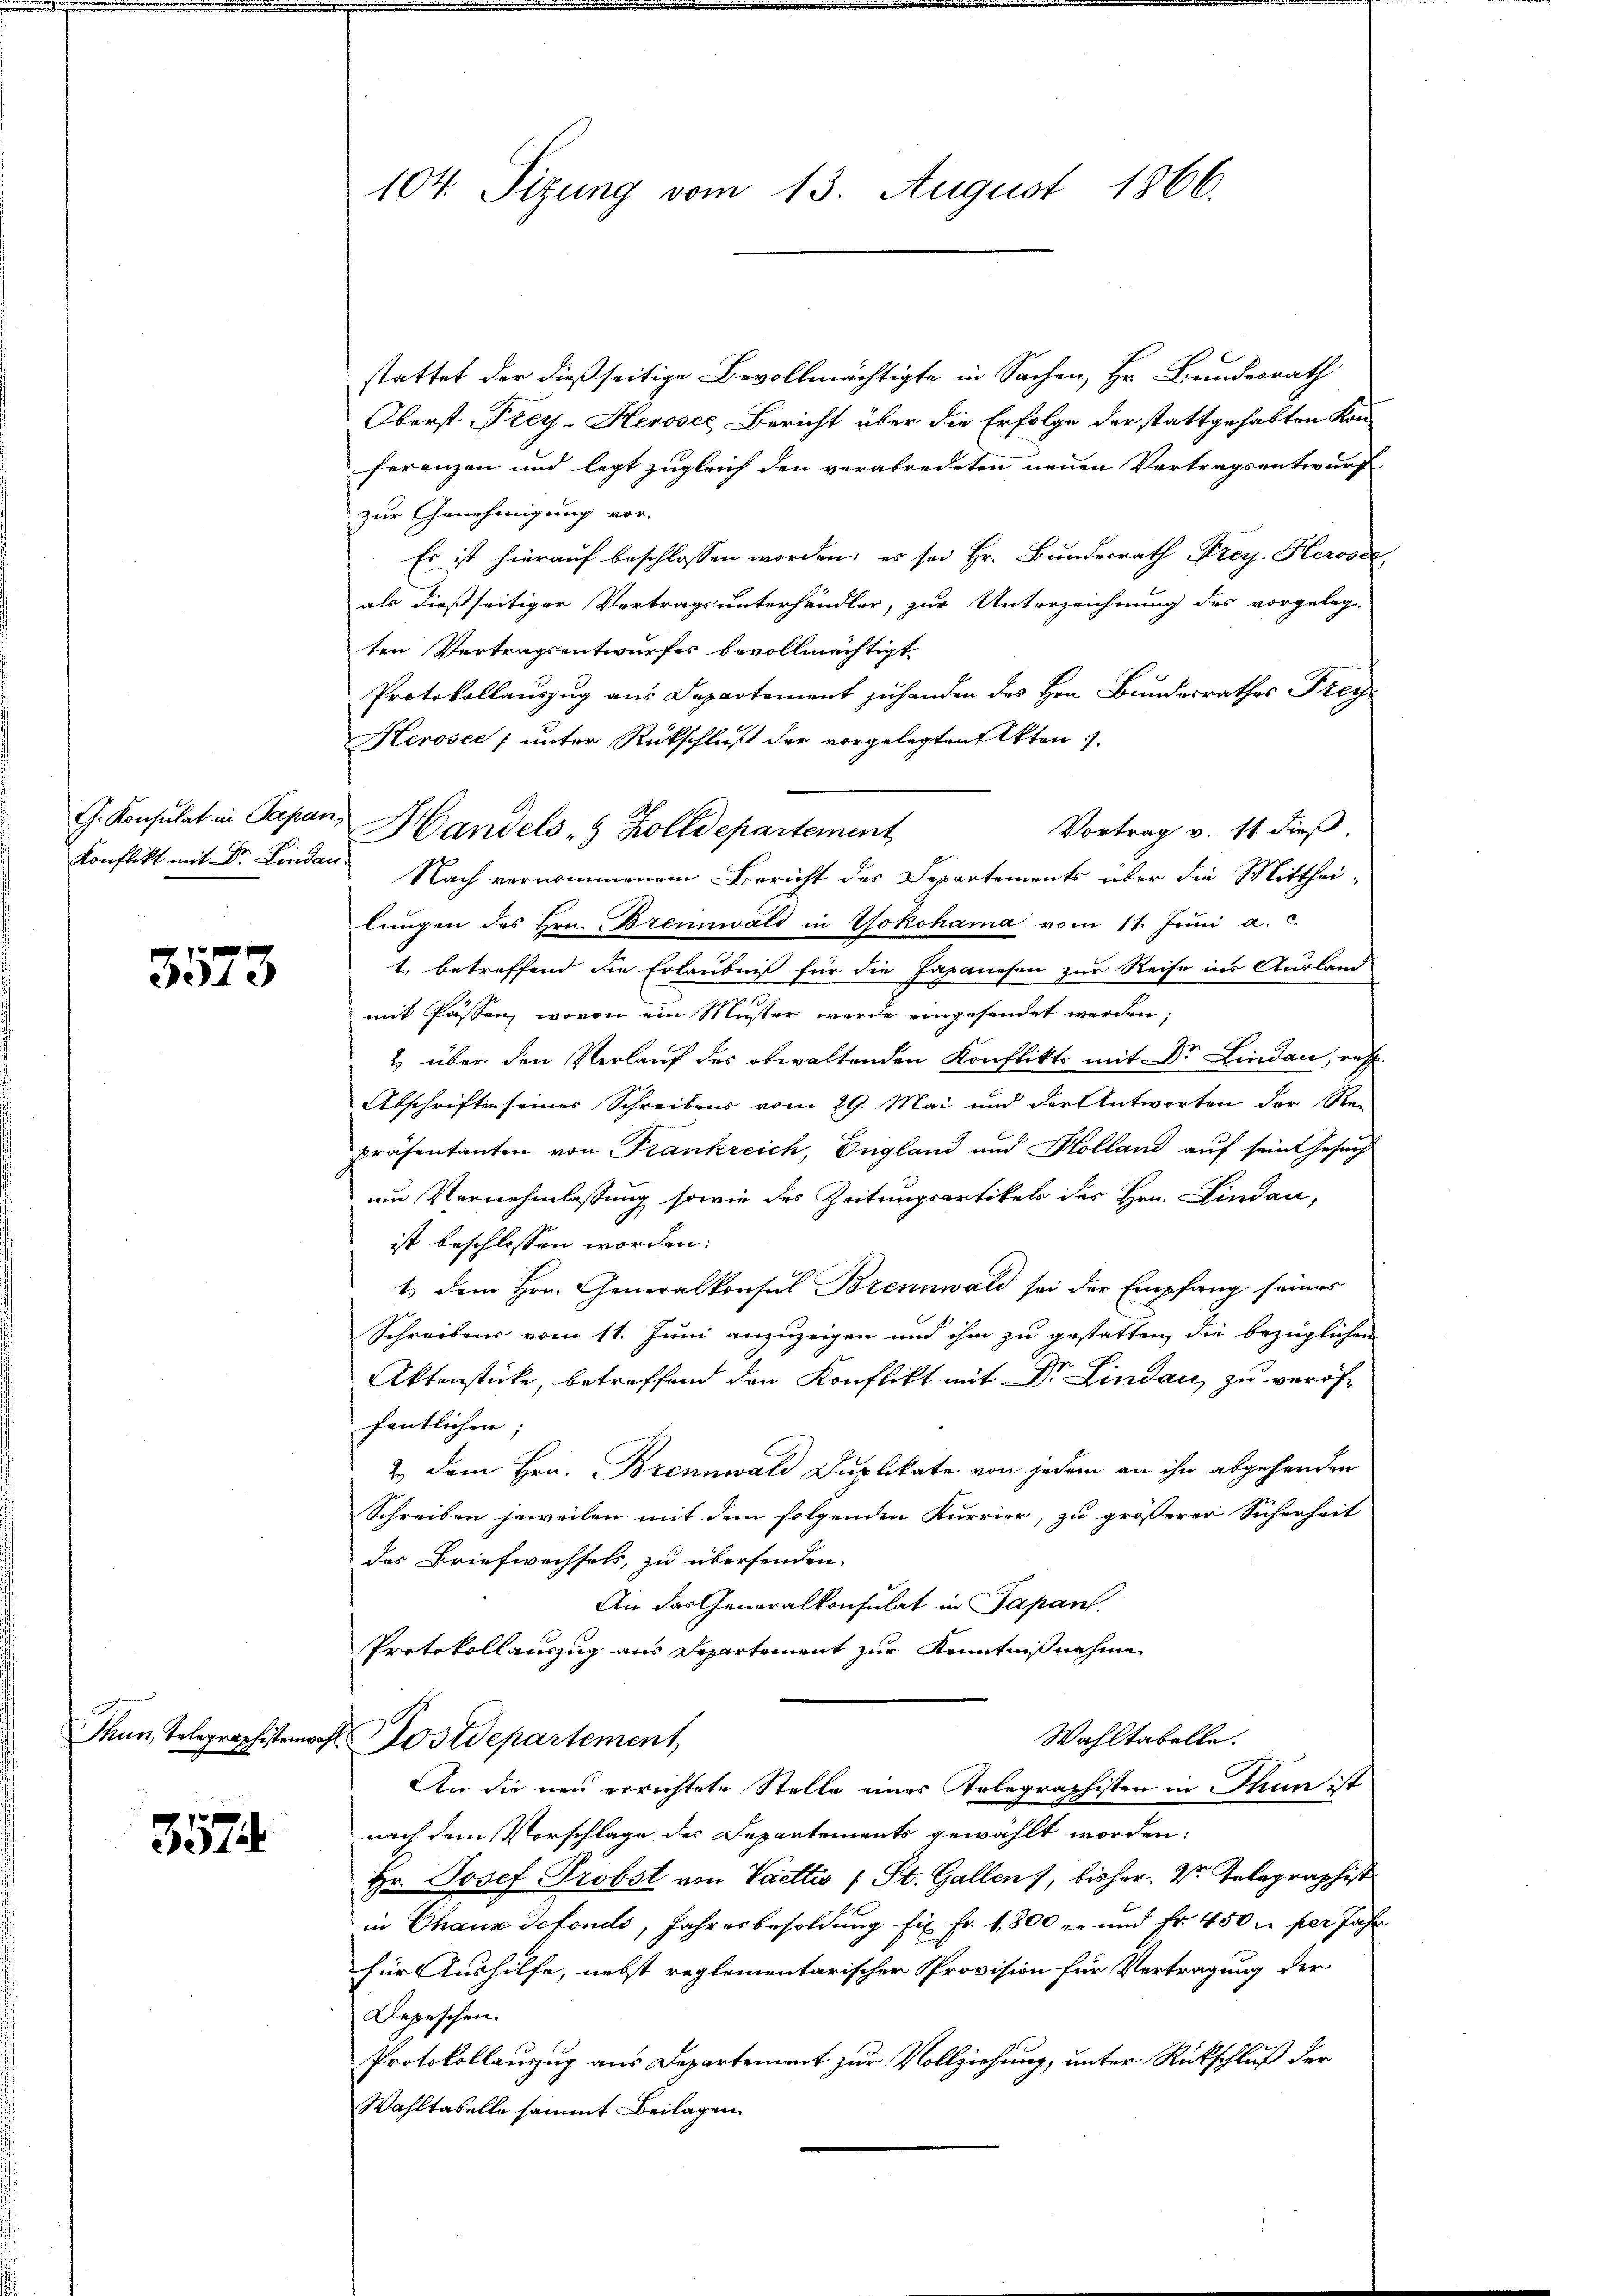
3573

3574

104. Sizung vom 13. August 1866.

stattet der dießseitige Bevollmächtigte in Sachen, Hr. Bundesrath
Oberst Frey-Heroser Bericht über die Erfolge der stattgehabten Konferenzen und legt zugleich den verabredeten neuen Vertragsentwurf
zur Genehmigung vor.
Es ist hierauf beschlossen worden; es sei Hr. Bundesrath Frey. Herose,
als dießseitiger Vertragsunterhändler, zur Unterzeichnung des vorgelege
ten Vertragsentwurfes bevollmächtigt
Protokollauszug aus Departement zuhanden des Hrn. Bundesrathes Frey¬
Herosec ; unter Rückschluß der vorgelegten Akten.
G. Konsulat in Papan, Handels- & Zolldepartement
Vortrag v. 11 dieß.
Konflikt mit Dr. Lindau Nach vernommenem Bericht des Departements über die Mitthei-
lungen des Hrn. Brennwald in Yokohama vom 11. Juni a.c
1. betreffend die Erlaubniß für die Japanesen zur Reise ins Ausland
mit Passen, wovon ein Muster werde eingesendet werden,
2 über den Verlauf des obwaltenden Konflikts mit Dr. Lindau, resp.
Abschriften seines Schreibens vom 29. Mai und der Antworten der Re-
präsentanten von Frankreich, England und Kolland auf sein Gesuch
um Vernehmlassung sowie des Zeitungsartikels des Hrn. Lindau,
ist beschlossen worden:
t dem Hrn. Generalkonsul Brennwald sei der Empfang seines
Schreibens vom 11. Juni anzuzeigen und ihm zu gestatten, die bezüglichen
Aktenstücke, betreffend den Konflikt mit Dr. Lindau zu veröffentlichen;
2. dem Hrn. Brennwald Duplikate von jedem an ihn abgehenden
Schreiben jeweilen mit dem folgenden Kurrier, zu größerer Sicherheit
das Briefwechsels, zu übersenden.
An das Generalkonsulat in Papant.
Protokollauszug aus Departement zur Kenntnißnahme
Wahltabelle.
Thun, Telegraphistem Postdepartement
An die neu errichtete Stelle eines Telegraphisten in Thun ist
nach dem Vorschlage des Departements gewählt worden.
Hr. Josef Probst von Vaeltis (St. Gallen, bisher. Dr. Telegraphist
in Chaus defondo, Jahresbesoldung fix Fr. 1,800 er und Fr. 450 u. per Jahr
für Aushilfe, nebst reglementarischer Provision für Vertragung der
Depeschen.
Protokollauszug aus Departement zur Vollziehung, unter Rückschluß der
Wahltabelle sammt Beilagen